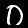
Digit: 0